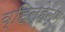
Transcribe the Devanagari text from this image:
व्हिल्हेल्म